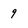
Character: 9